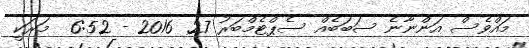
މައްވެސް އަންނާނެ ސަބަބެއް ސެޕްޓެމްބަރު 27